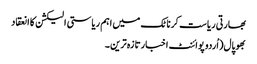
بھارتی ریاست کرناٹک میں اہم ریاستی الیکشن کا انعقاد
بھوپال(اُردو پوائنٹ اخبارتازہ ترین۔